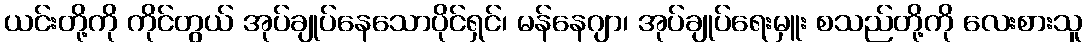
ယင်းတို့ကို ကိုင်တွယ် အုပ်ချုပ်နေသောပိုင်ရှင်၊ မန်နေဂျာ၊ အုပ်ချုပ်ရေးမှူး စသည်တို့ကို လေးစားသူ